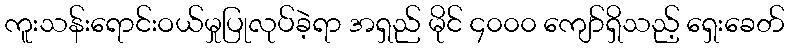
ကူးသန်းရောင်းဝယ်မှုပြုလုပ်ခဲ့ရာ အရှည် မိုင် ၄၀၀၀ ကျော်ရှိသည့် ရှေးခေတ်